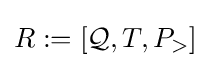
R:=[{\mathcal {Q}},T,P_{>}]